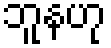
ဘူနဟု